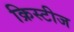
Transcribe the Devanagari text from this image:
क्रिस्टीज